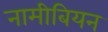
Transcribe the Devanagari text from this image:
नामीबियन